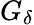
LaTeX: G_{\delta}